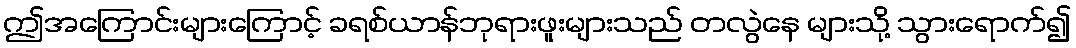
ဤအကြောင်းများကြောင့် ခရစ်ယာန်ဘုရားဖူးများသည် တလွဲနေ များသို့ သွားရောက်၍